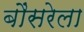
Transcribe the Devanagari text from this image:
बौंसरेला